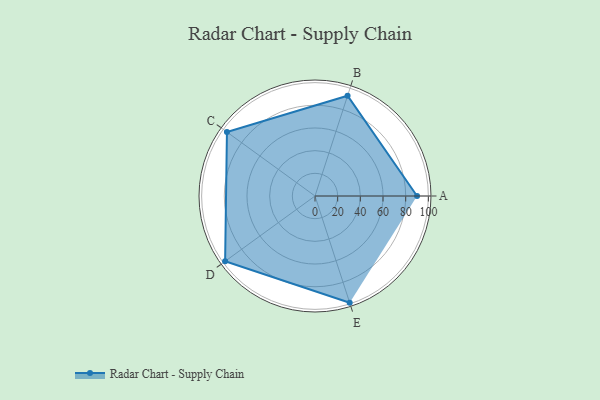
{"axis": {"x": "Skill", "y": "Score"}, "legend": ["Profile"], "data": [{"x": "A", "y": 90.0, "type": "Profile"}, {"x": "B", "y": 93.0, "type": "Profile"}, {"x": "C", "y": 96.0, "type": "Profile"}, {"x": "D", "y": 98.0, "type": "Profile"}, {"x": "E", "y": 99, "type": "Profile"}]}